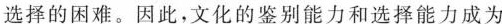
选择的困难。因此，文化的鉴别能力和选择能力成为